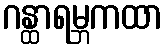
ဂန္ထာရမ္ဘကထာ